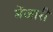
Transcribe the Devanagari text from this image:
मेंजारी